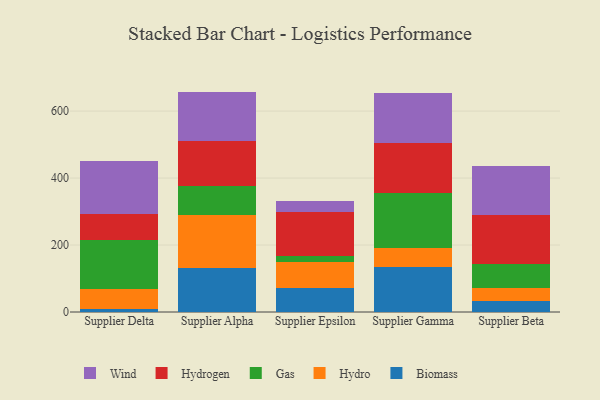
{"axis": {"x": "Supplier", "y": "Energy Usage (MWh)"}, "legend": ["Biomass", "Gas", "Hydro", "Hydrogen", "Wind"], "data": [{"x": "Supplier Delta", "y": 8.2, "type": "Biomass"}, {"x": "Supplier Delta", "y": 59.7, "type": "Hydro"}, {"x": "Supplier Delta", "y": 148.4, "type": "Gas"}, {"x": "Supplier Delta", "y": 77.3, "type": "Hydrogen"}, {"x": "Supplier Delta", "y": 156.2, "type": "Wind"}, {"x": "Supplier Alpha", "y": 130.1, "type": "Biomass"}, {"x": "Supplier Alpha", "y": 158.7, "type": "Hydro"}, {"x": "Supplier Alpha", "y": 88.0, "type": "Gas"}, {"x": "Supplier Alpha", "y": 134.5, "type": "Hydrogen"}, {"x": "Supplier Alpha", "y": 146.9, "type": "Wind"}, {"x": "Supplier Epsilon", "y": 71.8, "type": "Biomass"}, {"x": "Supplier Epsilon", "y": 78.8, "type": "Hydro"}, {"x": "Supplier Epsilon", "y": 18.1, "type": "Gas"}, {"x": "Supplier Epsilon", "y": 130.2, "type": "Hydrogen"}, {"x": "Supplier Epsilon", "y": 32.0, "type": "Wind"}, {"x": "Supplier Gamma", "y": 133.6, "type": "Biomass"}, {"x": "Supplier Gamma", "y": 58.0, "type": "Hydro"}, {"x": "Supplier Gamma", "y": 165.1, "type": "Gas"}, {"x": "Supplier Gamma", "y": 149.3, "type": "Hydrogen"}, {"x": "Supplier Gamma", "y": 147.6, "type": "Wind"}, {"x": "Supplier Beta", "y": 31.8, "type": "Biomass"}, {"x": "Supplier Beta", "y": 38.7, "type": "Hydro"}, {"x": "Supplier Beta", "y": 72.2, "type": "Gas"}, {"x": "Supplier Beta", "y": 147.5, "type": "Hydrogen"}, {"x": "Supplier Beta", "y": 144.5, "type": "Wind"}]}